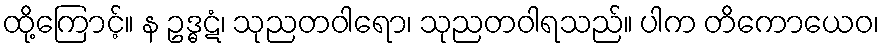
ထို့ကြောင့်။ န ဥဒ္ဓဋံ၊ သုညတဝါရော၊ သုညတဝါရသည်။ ပါက တိကောယေဝ၊